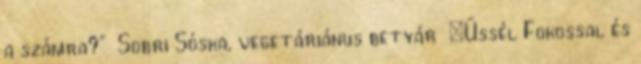
a számra?” Sobri Sóska, vegetáriánus betyár „Üssél Fokossal és